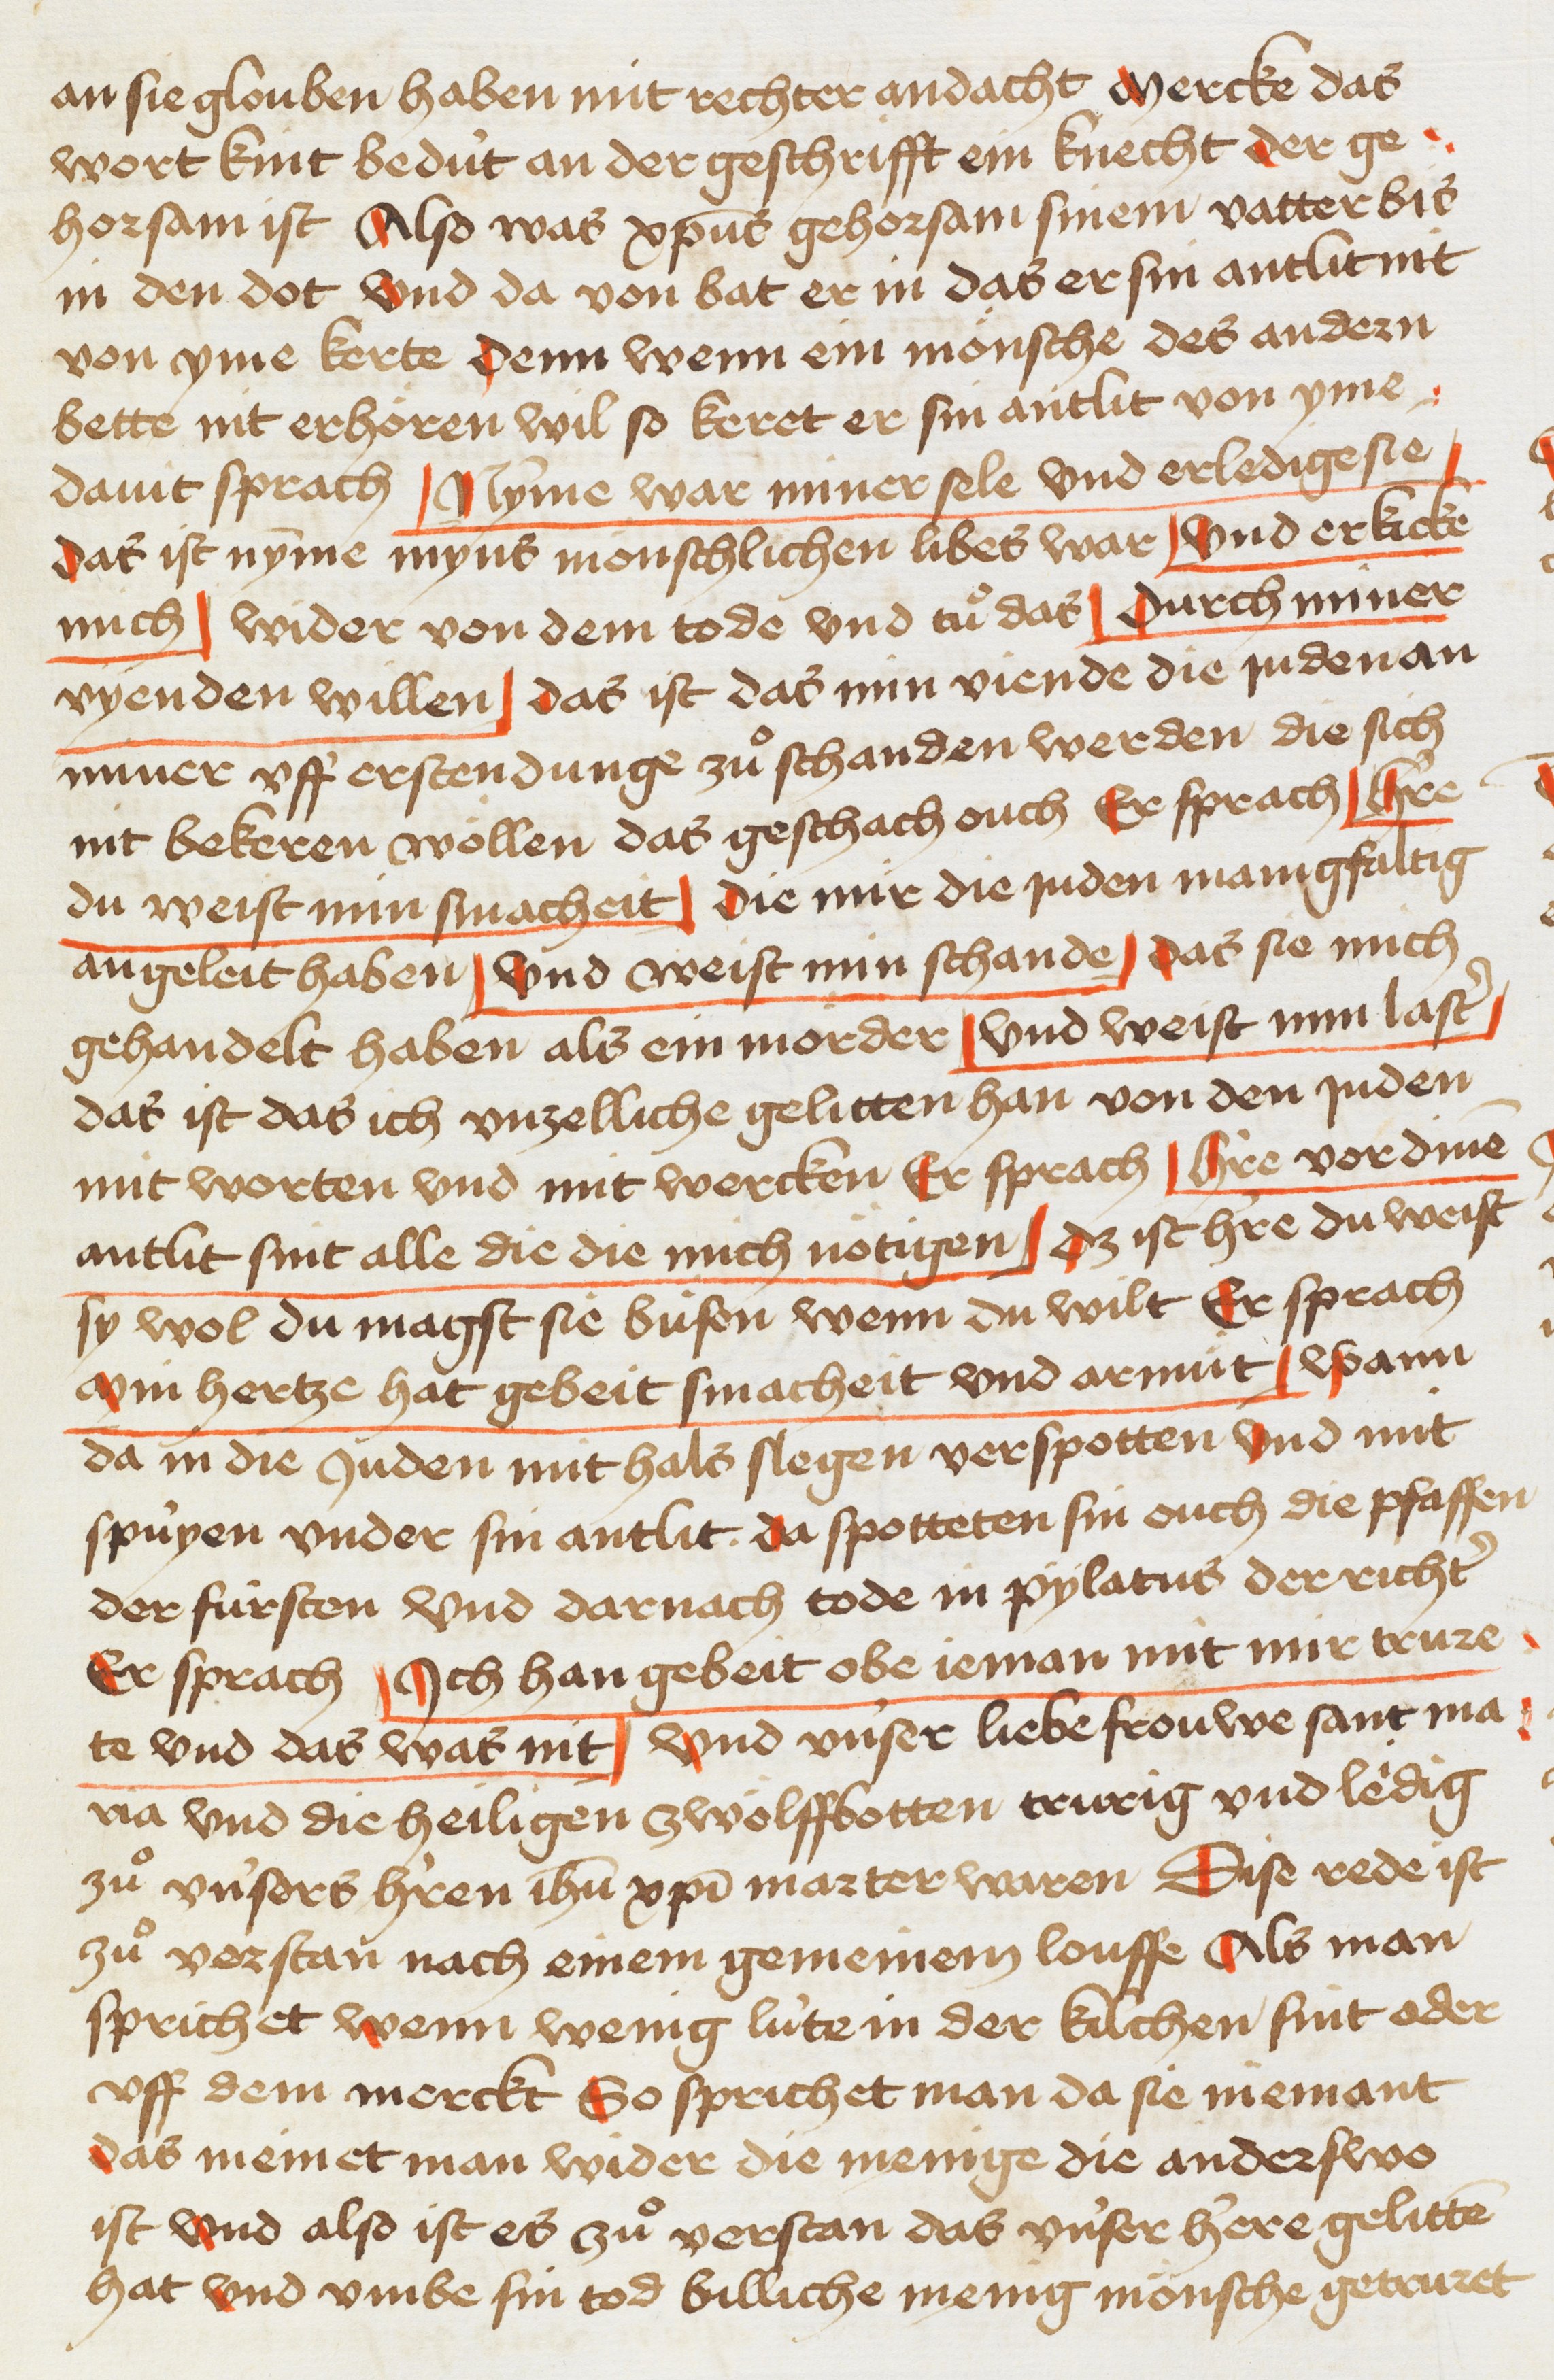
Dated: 1445–1475